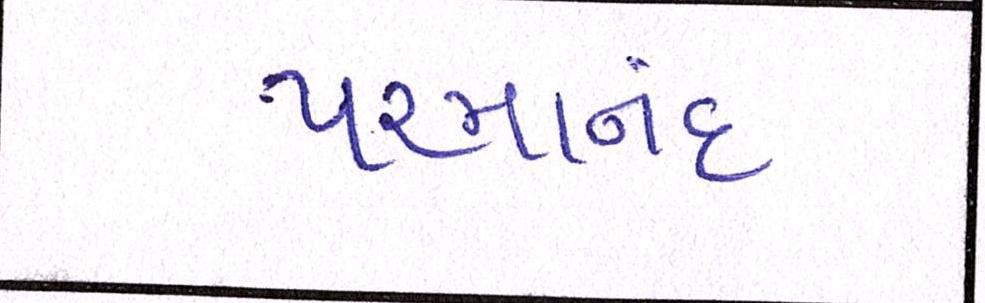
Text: પરમાનંદ